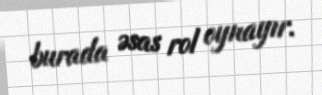
burada əsas rol oynayır.